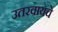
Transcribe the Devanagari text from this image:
उतरवायचे